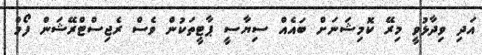
އަދި ވިދާޅުވީ މިރޭ ކޮމިޝަނަށް ބައެއް ސިޔާސީ ޕާޓީތަކުން ވެސް ރެޖިސްޓްރޭޝަން ފޯމް